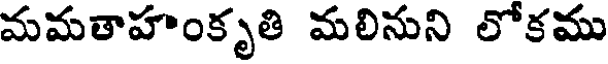
మమతాహంకృతి మలినుని లోకము